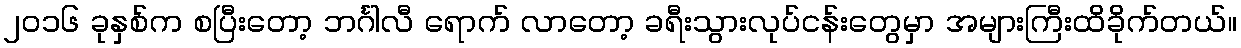
၂ဝ၁၆ ခုနှစ်က စပြီးတော့ ဘင်္ဂါလီ ရောက် လာတော့ ခရီးသွားလုပ်ငန်းတွေမှာ အများကြီးထိခိုက်တယ်။